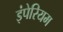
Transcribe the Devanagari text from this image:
इंपेरियम